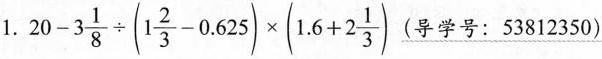
1.$$20-3 \frac{1}{8}\div(1 \frac{2}{3}-0.625)\times(1.6+2 \frac{1}{3})$$(导学号：53812350)